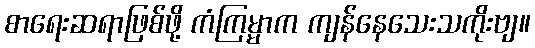
စာရေးဆရာဖြစ်ဖို့ ကံကြမ္မာက ကျန်နေသေးသကိုးဗျ။